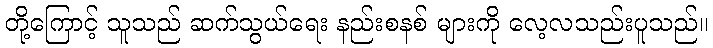
တို့ကြောင့် သူသည် ဆက်သွယ်ရေး နည်းစနစ် များကို လေ့လသည်းပူသည်။